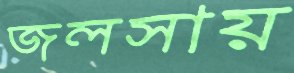
জলসায়